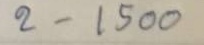
2- 1500